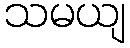
သမယျ